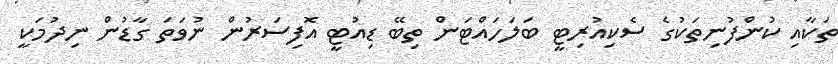
ތަކާއި ކުންފުނިތަކުގެ ސެކިއުރިޓީ ބަލަހައްޓަން ތިބޭ ޑިއުޓީ އޮފިސަރުން ނުވަތަ ގާޑުން ނިދުމަކީ